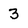
Character: 3